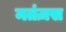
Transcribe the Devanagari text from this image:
मतंज़स